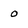
Character: 0